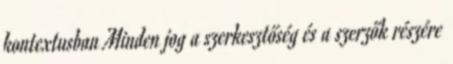
kontextusban Minden jog a szerkesztőség és a szerzők részére